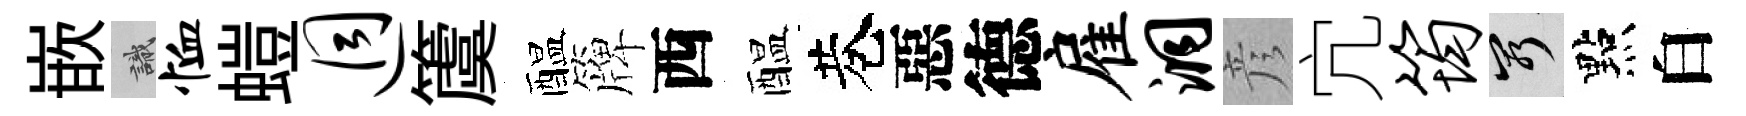
嵌識恤螘迥𥵂醖簰西醖巷惡德雇洞彦宂筠窮點白